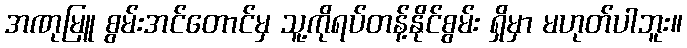
အဏုမြူ စွမ်းအင်တောင်မှ သူ့ကိုရပ်တန့်နိုင်စွမ်း ရှိမှာ မဟုတ်ပါဘူး။